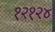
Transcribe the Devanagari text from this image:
१२१२४